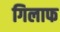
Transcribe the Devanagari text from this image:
गिलाफ